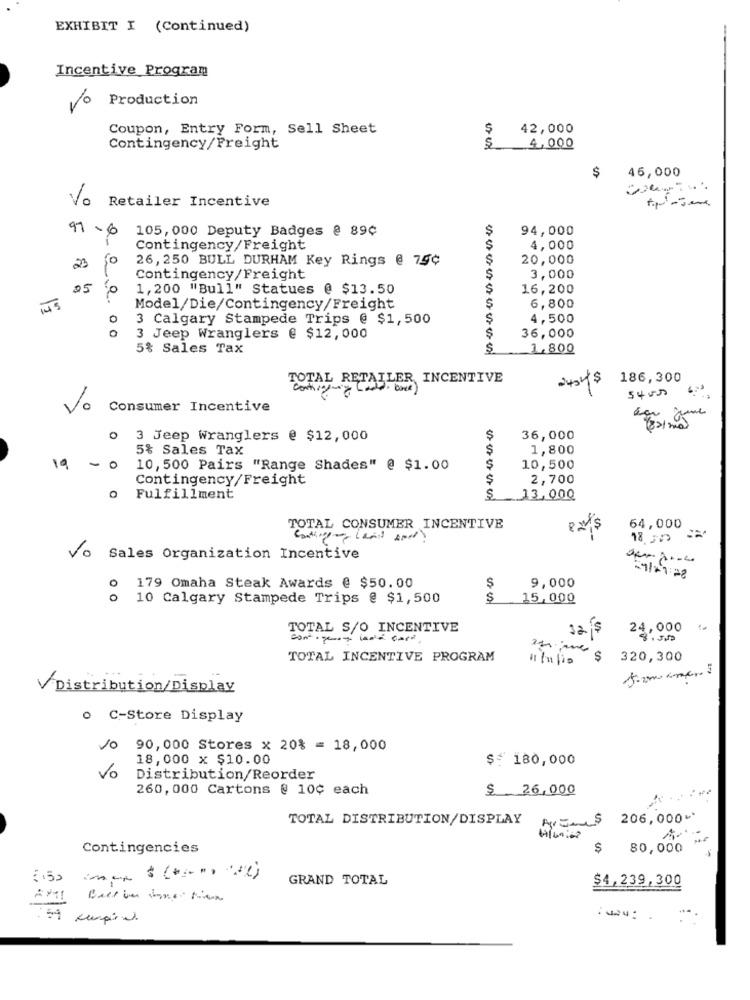
EXHIBIT I (Continued)
Incentive Program
No
Production
Coupon, Entry Form, Sell Sheet
$
42,000
Contingency/Freight
4,000
46,000
$
Vo Retailer Incentive
97 -6
105, 000 Deputy Badges @ 89¢
$
94,000
Contingency/Freight
S
4,000
$
20,000
23
26,250 BULL DURHAM Key Rings @ 75¢
Contingency/Freight
$
3,000
25
1,200 "Bull" Statues @ $13.50
$
16,200
Model/Die/Contingency/Freight
$
6,800
0
3 Calgary Stampede Trips @ $1,500
$
4,500
0
3 Jeep Wranglers @ $12,000
$
36,000
5% Sales Tax
$
1,800
TOTAL RETAILER INCENTIVE
186,300
54000
Vo
Consumer Incentive
3 Jeep Wranglers @ $12,000
$
36,000
5% Sales Tax
1,800
19
-
10, 500 Pairs "Range Shades" @ $1.00
10,500
Contingency/Freight
$
2,700
Fulfillment
S.
13,000
TOTAL CONSUMER INCENTIVE
exs
64,000
18,500
Vo Sales Organization Incentive
9,000
-71+1:22
O
179 Omaha Steak Awards @ $50.00
10 Calgary Stampede Trips @ $1,500
$
15,000
TOTAL S/O INCENTIVE
sais
24,000
TOTAL INCENTIVE PROGRAM
11/11/19
S
320,300
Distribution/Display
o C-Store Display
/0 90,000 Stores x 20% = 18,000
18,000 x $10.00
$: 180,000
vo
Distribution/Reorder
260, 000 Cartons @ 10¢ each
$ 26,000
TOTAL DISTRIBUTION/DISPLAY
206,000 -*
Contingencies
$
80,000
GRAND TOTAL
$4,239,300
AMI